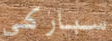
سباركي